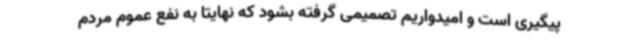
پیگیری است و امیدواریم تصمیمی گرفته بشود که نهایتا به نفع عموم مردم